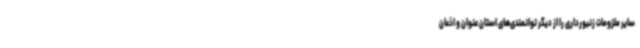
سایر ملزومات زنبورداری را از دیگر توانمندی‌های استان عنوان و اذعان